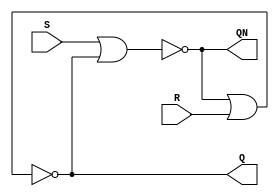
// Copyright (C) 2022  Intel Corporation. All rights reserved.
// Your use of Intel Corporation's design tools, logic functions 
// and other software and tools, and any partner logic 
// functions, and any output files from any of the foregoing 
// (including device programming or simulation files), and any 
// associated documentation or information are expressly subject 
// to the terms and conditions of the Intel Program License 
// Subscription Agreement, the Intel Quartus Prime License Agreement,
// the Intel FPGA IP License Agreement, or other applicable license
// agreement, including, without limitation, that your use is for
// the sole purpose of programming logic devices manufactured by
// Intel and sold by Intel or its authorized distributors.  Please
// refer to the applicable agreement for further details, at
// https://fpgasoftware.intel.com/eula.

// PROGRAM		"Quartus Prime"
// VERSION		"Version 21.1.1 Build 850 06/23/2022 SJ Standard Edition"
// CREATED		"Tue Nov  1 08:07:12 2022"

module lab9step1a(
	R,
	S,
	Q,
	QN
);


input wire	R;
input wire	S;
output wire	Q;
output wire	QN;

wire	SYNTHESIZED_WIRE_0;
wire	SYNTHESIZED_WIRE_1;

assign	Q = SYNTHESIZED_WIRE_0;
assign	QN = SYNTHESIZED_WIRE_1;



assign	SYNTHESIZED_WIRE_1 = ~(S | SYNTHESIZED_WIRE_0);

assign	SYNTHESIZED_WIRE_0 = ~(SYNTHESIZED_WIRE_1 | R);


endmodule